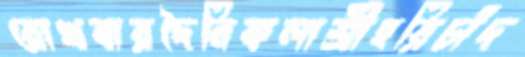
রোখবারদৈনিকলাশ্রীহরিচাঁদ